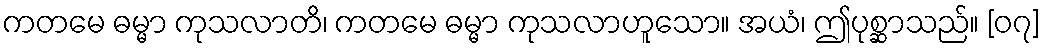
ကတမေ ဓမ္မာ ကုသလာတိ၊ ကတမေ ဓမ္မာ ကုသလာဟူသော။ အယံ၊ ဤပုစ္ဆာသည်။ [၀၇]